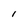
Character: l